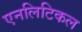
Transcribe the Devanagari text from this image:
एनलिटिकल